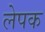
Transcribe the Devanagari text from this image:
लेपक